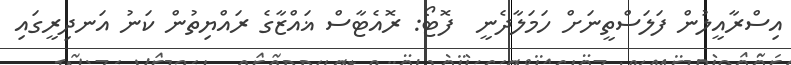
އިސްރާއީލުން ފަލަސްތީނަށް ހަމަލާދެނީ  ފޮޓޯ: ރޮއެޓާސް ޣައްޒާގެ ރައްޔިތުން ކަނު އަނދިރީގައި